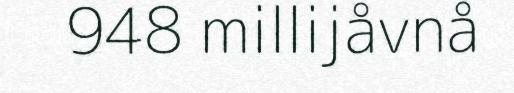
948 millijåvnå